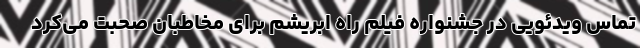
تماس ویدئویی در جشنواره فیلم راه ابریشم برای مخاطبان صحبت می‌کرد